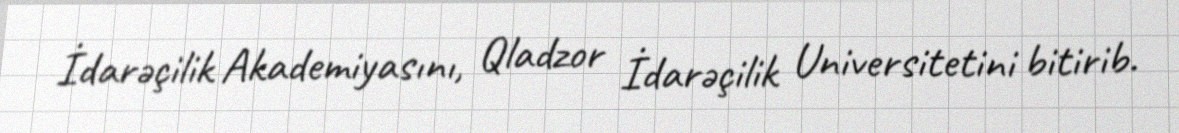
İdarəçilik Akademiyasını, Qladzor İdarəçilik Universitetini bitirib.